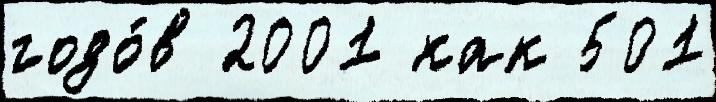
годо́в 2001 как 501